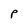
Character: P